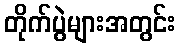
တိုက်ပွဲများအတွင်း